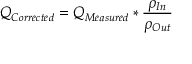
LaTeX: Q _ { C o r r e c t e d } = Q _ { M e a s u r e d } * { \frac { \rho _ { I n } } { \rho _ { O u t } } } \,